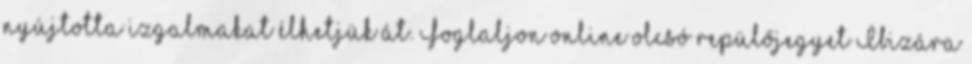
nyújtotta izgalmakat élhetjük át. Foglaljon online olcsó repülőjegyet Ibizára